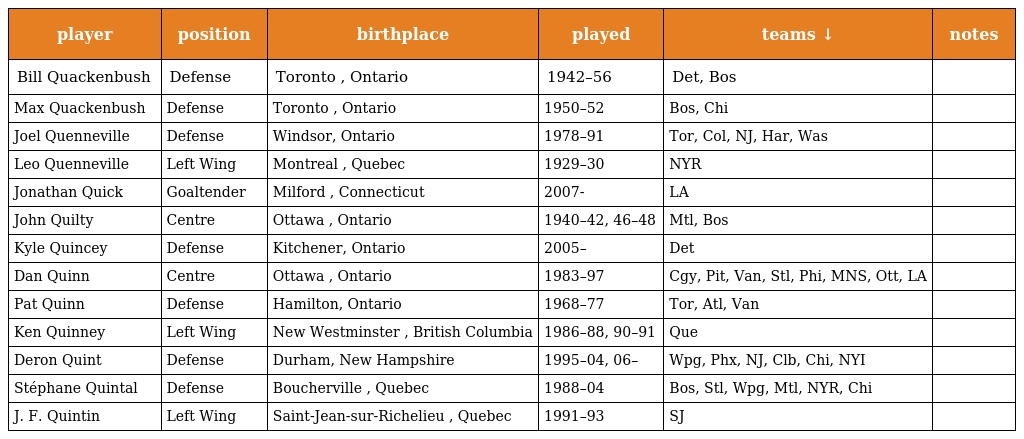
| player | position | birthplace | played | teams ↓ | notes |
 | --- | --- | --- | --- | --- | --- |
 | Bill Quackenbush | Defense | Toronto , Ontario | 1942–56 | Det, Bos |  |
 | Max Quackenbush | Defense | Toronto , Ontario | 1950–52 | Bos, Chi |  |
 | Joel Quenneville | Defense | Windsor, Ontario | 1978–91 | Tor, Col, NJ, Har, Was |  |
 | Leo Quenneville | Left Wing | Montreal , Quebec | 1929–30 | NYR |  |
 | Jonathan Quick | Goaltender | Milford , Connecticut | 2007- | LA |  |
 | John Quilty | Centre | Ottawa , Ontario | 1940–42, 46–48 | Mtl, Bos |  |
 | Kyle Quincey | Defense | Kitchener, Ontario | 2005– | Det |  |
 | Dan Quinn | Centre | Ottawa , Ontario | 1983–97 | Cgy, Pit, Van, Stl, Phi, MNS, Ott, LA |  |
 | Pat Quinn | Defense | Hamilton, Ontario | 1968–77 | Tor, Atl, Van |  |
 | Ken Quinney | Left Wing | New Westminster , British Columbia | 1986–88, 90–91 | Que |  |
 | Deron Quint | Defense | Durham, New Hampshire | 1995–04, 06– | Wpg, Phx, NJ, Clb, Chi, NYI |  |
 | Stéphane Quintal | Defense | Boucherville , Quebec | 1988–04 | Bos, Stl, Wpg, Mtl, NYR, Chi |  |
 | J. F. Quintin | Left Wing | Saint-Jean-sur-Richelieu , Quebec | 1991–93 | SJ |  |